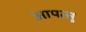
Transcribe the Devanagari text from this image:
आपत्सु